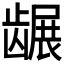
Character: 𬺐